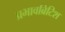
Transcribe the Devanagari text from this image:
प्रभावब्रिटिश